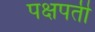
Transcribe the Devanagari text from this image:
पक्षपती